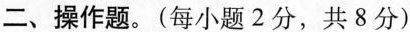
二、操作题。(每小题2分，共8分)